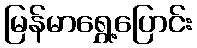
မြန်မာရွှေ့ပြောင်း